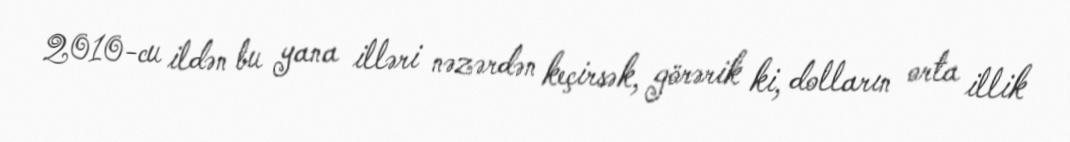
2010-cu ildən bu yana illəri nəzərdən keçirsək, görərik ki, dolların orta illik